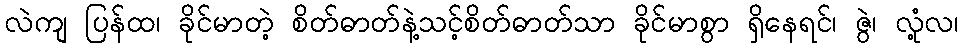
လဲကျ ပြန်ထ၊ ခိုင်မာတဲ့ စိတ်ဓာတ်နဲ့သင့်စိတ်ဓာတ်သာ ခိုင်မာစွာ ရှိနေရင်၊ ဇွဲ၊ လုံ့လ၊